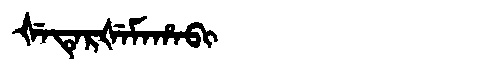
Manchu: ᡧᡝᡨᡝᡵᡧᡝᠮᠠᡥᠠᠪᡳ
Romanization: ŠETERŠEMAHABI